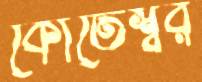
কোতেশ্বর